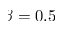
\beta = 0 . 5